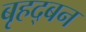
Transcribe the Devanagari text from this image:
बृहद्बन